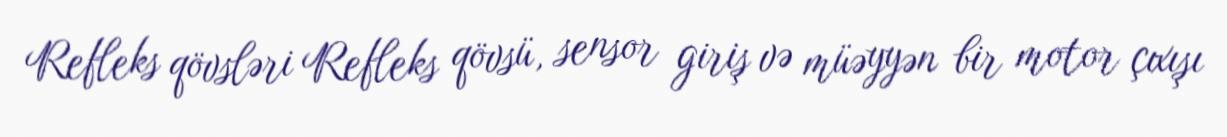
Refleks qövsləri Refleks qövsü, sensor giriş və müəyyən bir motor çıxışı